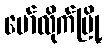
မော်လိုက်မြို့